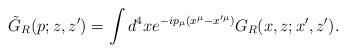
LaTeX: \begin{align*}\tilde G_R(p;z,z')=\int d^4x e^{-ip_{\mu}(x^{\mu}-x'^{\mu})} G_R(x,z;x^{\prime}, z^{\prime}).\end{align*}